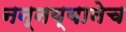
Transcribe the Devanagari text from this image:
नन्नय्यानेच